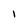
Character: I